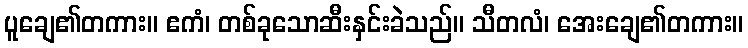
ပူချေ၏တကား။ ဧကံ၊ တစ်ခုသောဆီးနှင်းခဲသည်။ သီတလံ၊ အေးချေ၏တကား။